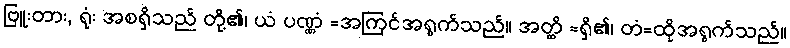
ဗြူးတား, ရုံး အစရှိသည် တို့၏၊ ယံ ပဏ္ဏံ =အကြင်အရွက်သည်။ အတ္ထိ =ရှိ၏၊ တံ=ထိုအရွက်သည်။